Report on malaria in the Punjab during the year ...  together with an account of the work of the Punjab Malaria Bureau - Volume 6
Disease focus: Malaria
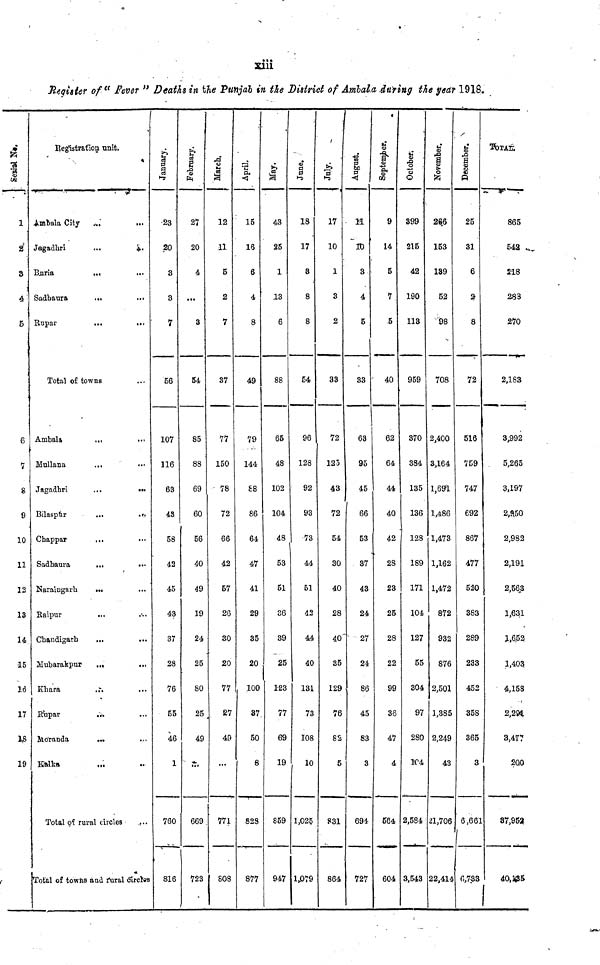
Xlll
Register of" Fever " Deaths in bhe Punjab in the District of Amhala during the year 1918.
i
<a
OB
*
1
2*
3
4
5
6
7
8
9
10
11
12
13
14
15
16
17
13
19
Registration, trait.
1
. î
.mbtila City
.>.,'
•••
Jagadhri
...
&.
Bjiria
,.,
...
Sadbaura
...
...
Rupav
...
...
Total o£ towns
Ambala
...
..<
Mullana
...
•••
Jagadhri
...
•••
Bilasptir
...
.«-.,
Chappar
Sadhaura
,,.
.«•
Naraingarh
...
Raipur
...
Cbandigarh
...
...
Mubarakpur
...
...
Khar a
,u
R'upar
...
Moranda
...
Eftlka
Total o. -? rural circles
Total of towtis and fural circles
January.
•23
20
3
3
7
56
107
316
63
45
58
42
45
43
37
28
76
55
46
1
760
816
B
-s
27
20
4
...
3
54
SB
88
69
60
56
40
49
19
24
25
80
25
49
...
669 .
723
March,
12
11
5
2
7
37
77
150
• 78
72
66
42
57
26
30
20
77
27
49
...
771
S08
April,
1
15
15
6
4
8
49
79
144
£8
86
64
47
41
29
35
20
. 100
37
50
8
828
877
i
43
25
1
13
6
88
65
48
102
104
48
53
51
36
39
25
123
77
69
19
869
947
June.
1
18
17
8
8
8
54
96
128
92
93
73
44
51
42
44
40
131
73
108
1 10
1,025
1,079
July.
17
10
1
3
2
33
72
123
43
72
54
30
40
28
40 3
5
129
76
82
5
S31
864
H
10
3
4
5
33
63
95
45
1
66
53
37
43
24
27
24
86
45
83
3
694
727
t
•S
5T
OS
9
14
5
7
5
40
62
64
44
40
42
2S
23
25
28
22
99
36
47
4
5tf4
604
October;
1
399
215
42
190
113
959
370
384
135
136
128
189
171
104
127
55
304
97
280
104
2,584
3,543
November,
|
266
153
139
52
"98
708
2,400
3,164
1,69*1
1,486
1,473
1,162
1,472
872
932
876
2,501
1,385
2,249
43
21,706
22,414
December.
1
25
31
6
2-
8
72
516
759
747
692
867
477
520
383
289
233
452
35S
365
3
6,661
0,733
865
542
218
283
270
2,183
3,992
5,265
3,197
2,§50
2,982
2,191
2,562
1,631
1,6.52
1,403,
4,153
2,231
3,477
200
87,953
4O,X3&
1